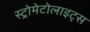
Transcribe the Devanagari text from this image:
स्ट्रोमेटोलाइट्स